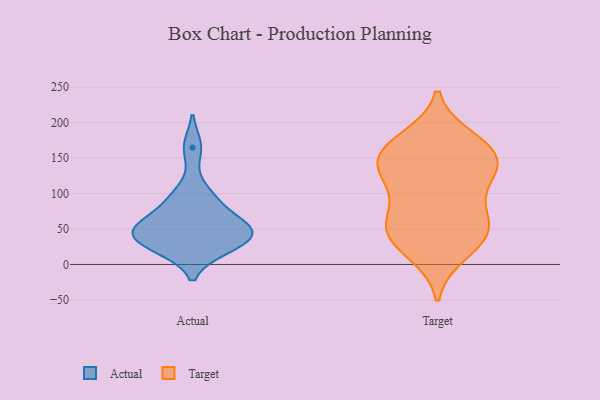
{"axis": {"x": "Operating Costs (USD K)", "y": "Value"}, "legend": ["Actual", "Target"], "data": [{"x": "", "y": 61, "type": "Actual"}, {"x": "", "y": 50, "type": "Actual"}, {"x": "", "y": 97, "type": "Actual"}, {"x": "", "y": 23, "type": "Actual"}, {"x": "", "y": 165, "type": "Actual"}, {"x": "", "y": 52, "type": "Actual"}, {"x": "", "y": 23, "type": "Actual"}, {"x": "", "y": 35, "type": "Actual"}, {"x": "", "y": 48, "type": "Actual"}, {"x": "", "y": 43, "type": "Actual"}, {"x": "", "y": 91, "type": "Actual"}, {"x": "", "y": 117, "type": "Target"}, {"x": "", "y": 150, "type": "Target"}, {"x": "", "y": 54, "type": "Target"}, {"x": "", "y": 151, "type": "Target"}, {"x": "", "y": 44, "type": "Target"}, {"x": "", "y": 50, "type": "Target"}, {"x": "", "y": 73, "type": "Target"}, {"x": "", "y": 168, "type": "Target"}, {"x": "", "y": 27, "type": "Target"}, {"x": "", "y": 163, "type": "Target"}, {"x": "", "y": 141, "type": "Target"}, {"x": "", "y": 113, "type": "Target"}, {"x": "", "y": 177, "type": "Target"}, {"x": "", "y": 16, "type": "Target"}, {"x": "", "y": 128, "type": "Target"}, {"x": "", "y": 59, "type": "Target"}]}